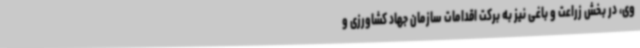
وی، در بخش زراعت و باغی نیز به برکت اقدامات سازمان جهاد کشاورزی و